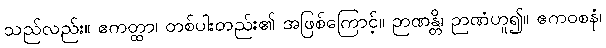
သည်လည်း။ ဧကတ္ထာ၊ တစ်ပါးတည်း၏ အဖြစ်ကြောင့်။ ဉာဏန္တိ၊ ဉာဏံဟူ၍။ ဧကဝစနံ၊